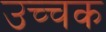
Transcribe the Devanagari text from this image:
उच्चक